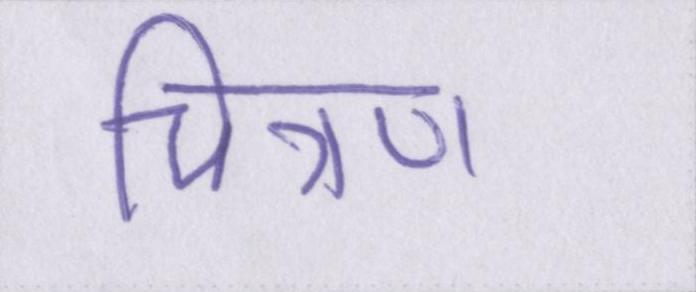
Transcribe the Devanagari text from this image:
चित्रण